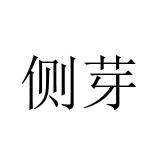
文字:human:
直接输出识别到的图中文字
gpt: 侧芽